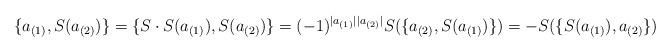
LaTeX: \begin{align*}\{a_{(1)}, S(a_{(2)})\}=\{S\cdot S(a_{(1)}),S(a_{(2)})\}=(-1)^{|a_{(1)}||a_{(2)}|}S(\{a_{(2)},S(a_{(1)})\})=-S(\{ S(a_{(1)}), a_{(2)}\})\end{align*}